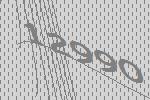
12990